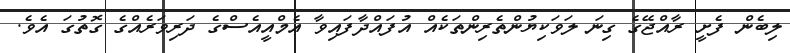
ލިބެން ފެށީ ރާއްޖޭގެ ގިނަ ލަވަކިޔުންތެރިންތަކެއް އުފައްދާފައިވާ އެމްއީއެސްގެ ދަރިވަރެއްގެ ގޮތުގަ އެވެ.